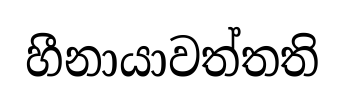
හීනායාවත්තති